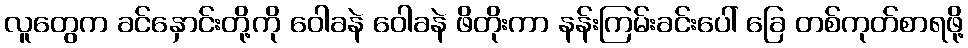
လူတွေက ခင်နှောင်းတို့ကို ဝေါခနဲ ဝေါခနဲ ဖိတိုးကာ နန်းကြမ်းခင်းပေါ် ခြေ တစ်ကုတ်စာရဖို့